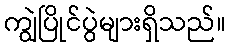
ကျွဲပြိုင်ပွဲများရှိသည်။